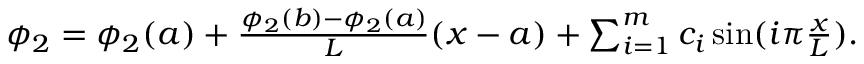
\begin{array} { r } { \phi _ { 2 } = \phi _ { 2 } ( a ) + \frac { \phi _ { 2 } ( b ) - \phi _ { 2 } ( a ) } { L } ( x - a ) + \sum _ { i = 1 } ^ { m } c _ { i } \sin ( i \pi \frac { x } { L } ) . } \end{array}